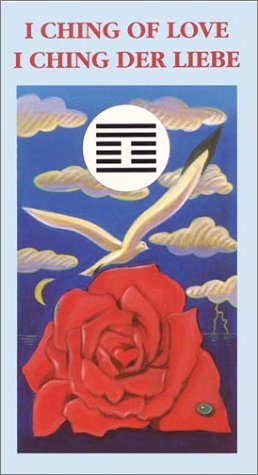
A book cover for I Ching of Love; Lo Scarabeo; Religion & Spirituality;